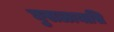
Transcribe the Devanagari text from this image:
घुसळायासि